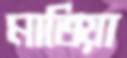
মাতিয়া